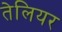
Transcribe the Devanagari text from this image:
तेलियर